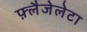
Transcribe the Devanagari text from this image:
फ़्लैजेलेटा